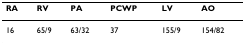
<table><thead><tr><td><b>RA</b></td><td><b>RV</b></td><td><b>PA</b></td><td><b>PCWP</b></td><td><b>LV</b></td><td><b>AO</b></td></tr></thead><tbody><tr><td>16</td><td>65/9</td><td>63/32</td><td>37</td><td>155/9</td><td>154/82</td></tr></tbody></table>